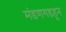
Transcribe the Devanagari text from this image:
मंडणगडहून